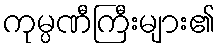
ကုမ္ပဏီကြီးများ၏